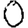
Digit: 0